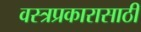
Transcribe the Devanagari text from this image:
वस्त्रप्रकारासाठी